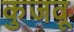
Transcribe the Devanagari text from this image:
कुजवू